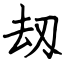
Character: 刼